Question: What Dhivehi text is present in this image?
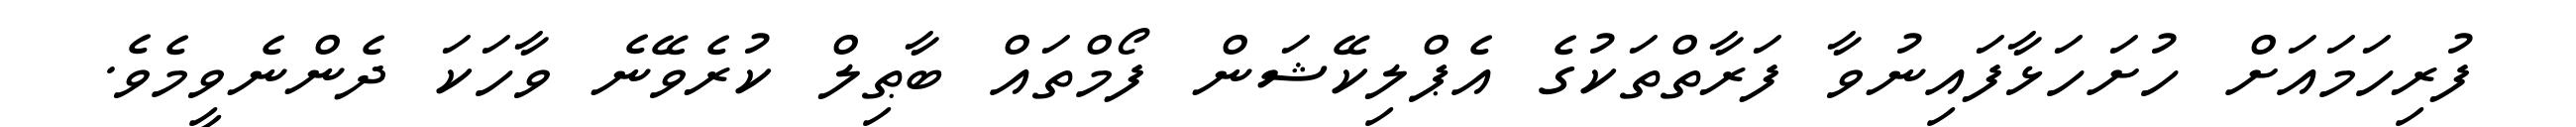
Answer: ފުރިހަމައަށް ހުށަހަޅާފައިނުވާ ފަރާތްތަކުގެ އެޕްލިކޭޝަން ފޯމްތައް ބާޠިލް ކުރެވޭނެ ވާހަކަ ދެންނެވީމެވެ.